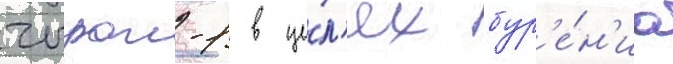
чыраг-1 в це́л'ях бур'е́н'иа